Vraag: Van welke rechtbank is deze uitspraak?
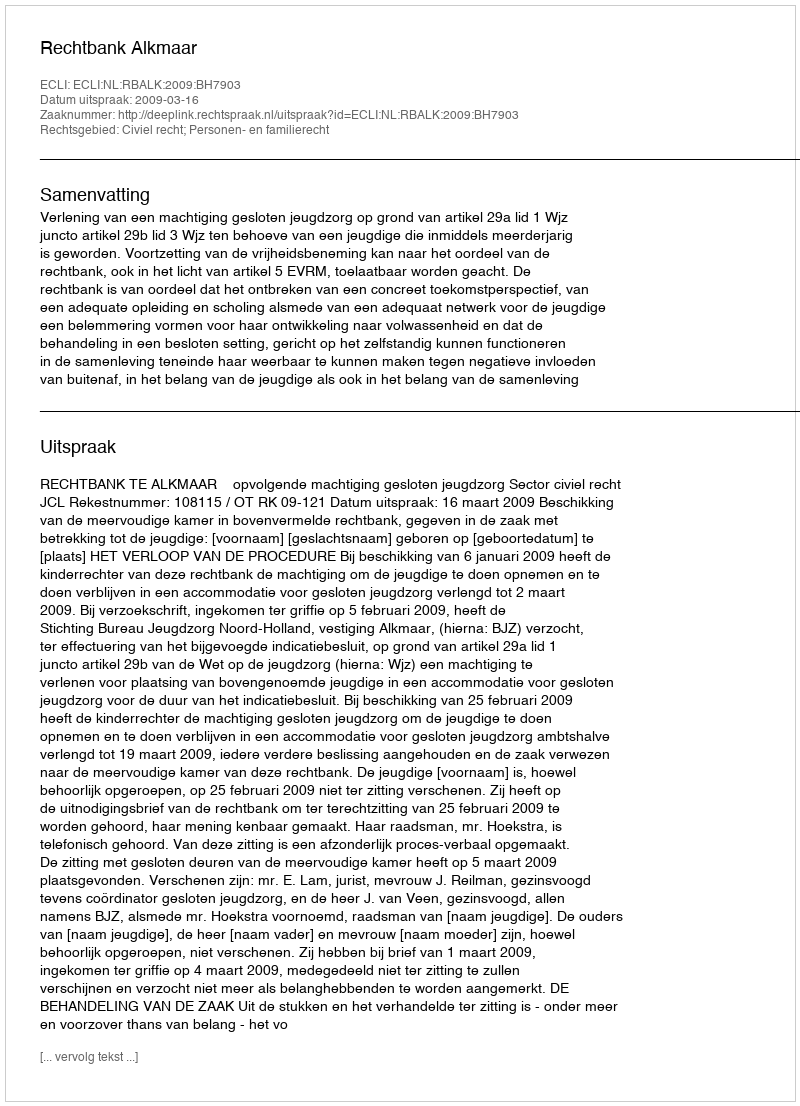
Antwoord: Rechtbank Alkmaar